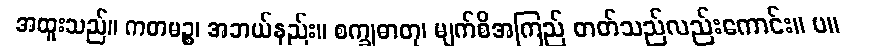
အထူးသည်။ ကတမဉ္စ၊ အဘယ်နည်း။ စက္ခုဓာတု၊ မျက်စိအကြည် ဓာတ်သည်လည်းကောင်း။ ပ။